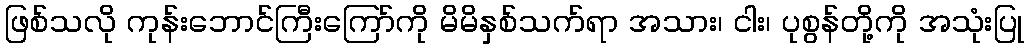
ဖြစ်သလို ကုန်းဘောင်ကြီးကြော်ကို မိမိနှစ်သက်ရာ အသား၊ ငါး၊ ပုစွန်တို့ကို အသုံးပြု